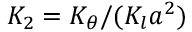
K _ { 2 } = K _ { \theta } / ( K _ { l } a ^ { 2 } )